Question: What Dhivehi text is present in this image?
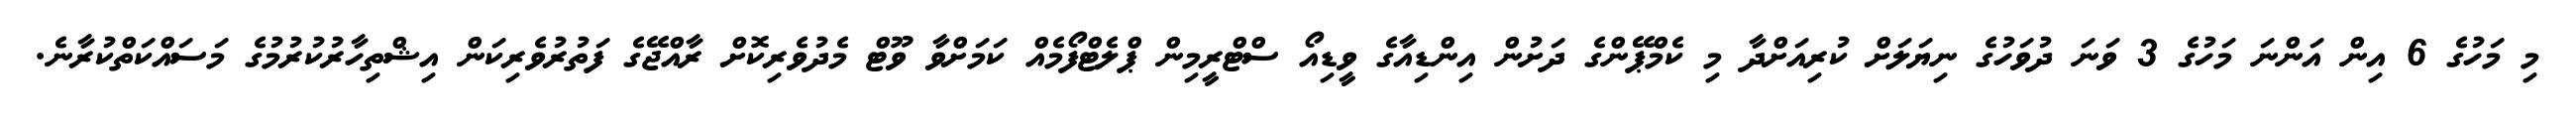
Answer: މި މަހުގެ 6 އިން އަންނަ މަހުގެ 3 ވަނަ ދުވަހުގެ ނިޔަލަށް ކުރިއަށްދާ މި ކެމްޕޭންގެ ދަށުން އިންޑިއާގެ ވީޑިއޯ ސްޓްރީމިން ޕްލެޓްފޯމެއް ކަމަށްވާ ވޫޓް މެދުވެރިކޮށް ރާއްޖޭގެ ފަތުރުވެރިކަން އިޝްތިހާރުކުރުމުގެ މަސައްކަތްކުރާނެ.